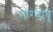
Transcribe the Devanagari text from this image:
तारबाबू